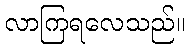
လာကြရလေသည်။